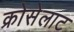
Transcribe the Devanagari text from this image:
क्रोसेलाट